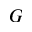
G